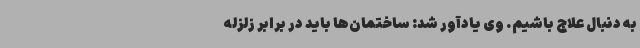
به دنبال علاج باشیم. وی یادآور شد: ساختمان‌ها باید در برابر زلزله